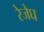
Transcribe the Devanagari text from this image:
रेजेघ